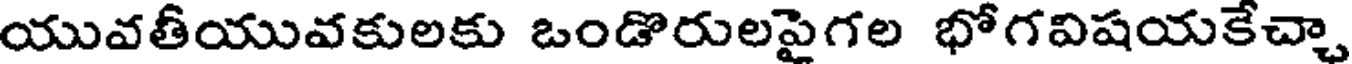
యువతీయువకులకు ఒండొరులపైగల భోగవిషయకేచ్చా